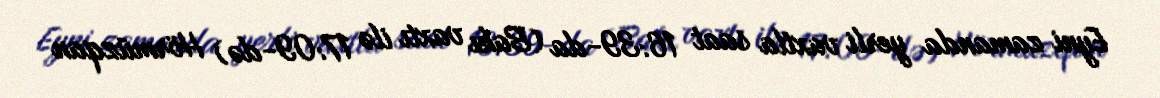
Eyni zamanda yerli vaxtla saat 16:39-da (Bakı vaxtı ilə 17:09-də) Hörmüzqan